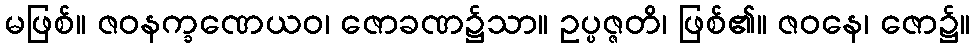
မဖြစ်။ ဇဝနက္ခဏေယဝ၊ ဇောခဏ၌သာ။ ဥပ္ပဇ္ဇတိ၊ ဖြစ်၏။ ဇဝနေ၊ ဇော၌။